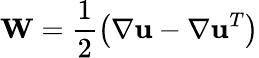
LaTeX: \mathbf{W}=\frac{1}{2}\left(\nabla\mathbf{u}-\nabla\mathbf{u}^{T}\right)